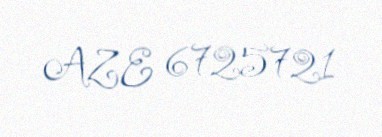
AZE 6725721